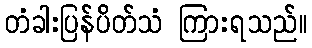
တံခါးပြန်ပိတ်သံ ကြားရသည်။